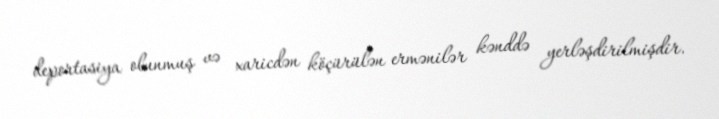
deportasiya olunmuş və xaricdən köçürülən ermənilər kənddə yerləşdirilmişdir.